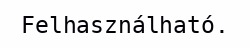
Felhasználható.